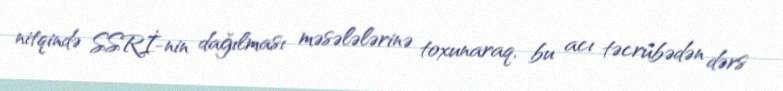
nitqində SSRİ-nin dağılması məsələlərinə toxunaraq, bu acı təcrübədən dərs